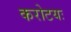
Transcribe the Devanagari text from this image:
करोटयः